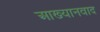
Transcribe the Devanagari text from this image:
आख्यानवाद